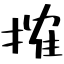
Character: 搉